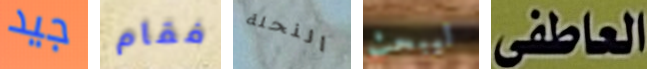
جيد فقام النحلة ليبحث العاطفى